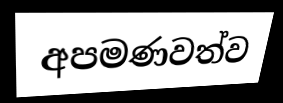
අපමණවත්ව